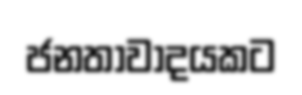
ජනතාවාදයකට